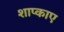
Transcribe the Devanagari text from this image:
शाप्काए